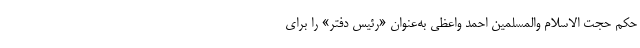
حکم حجت الاسلام والمسلمین احمد واعظی به‌عنوان «رئیس دفتر» را برای